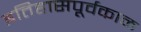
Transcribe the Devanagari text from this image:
इतिहासपूर्वकाळ